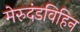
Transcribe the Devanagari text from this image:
मेरुदंडविहिन